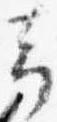
予